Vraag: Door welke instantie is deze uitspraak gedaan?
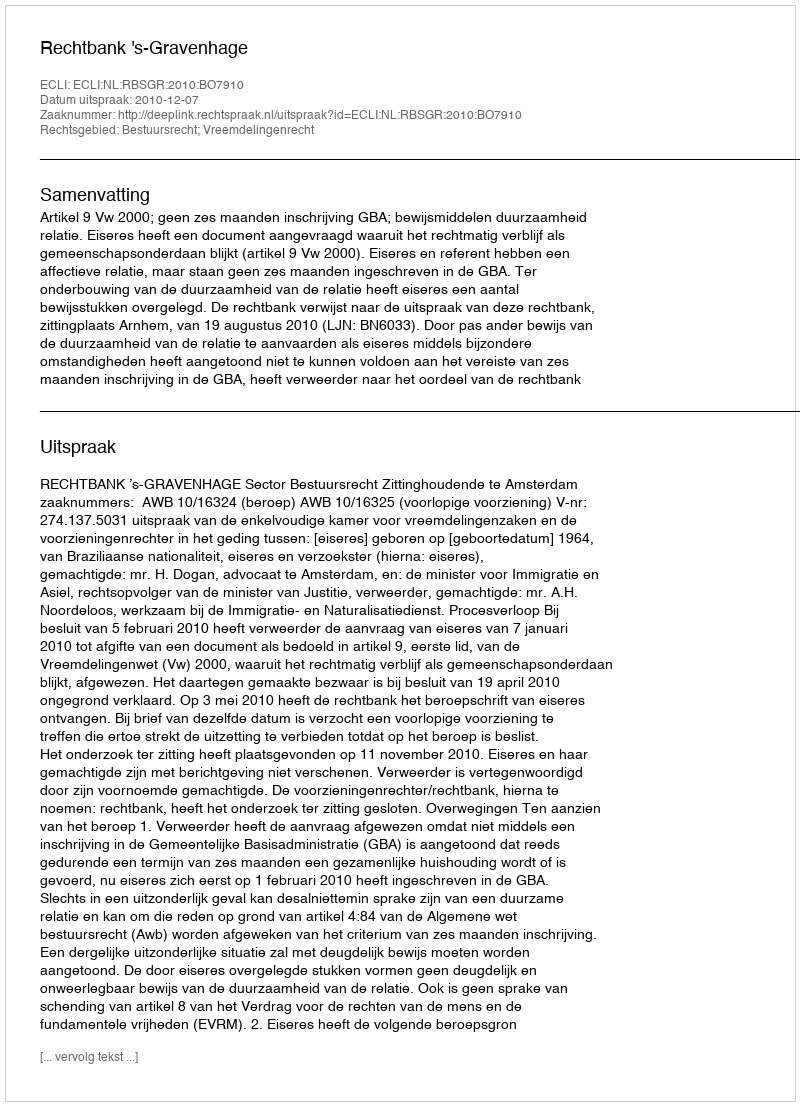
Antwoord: Rechtbank 's-Gravenhage